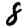
Digit: 8